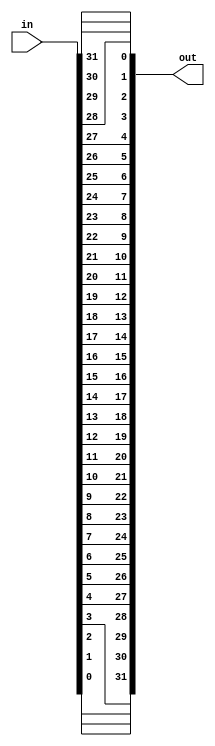
module oh_bitreverse #(parameter DW = 32 // width of data inputs
		       )
   (
    input [DW-1:0]  in, // data input
    output [DW-1:0] out // bit reversed output
    );
   
   
   reg [DW-1:0]    out;        
   integer 	   i;
   
   always @*
     for (i=0;i<DW;i=i+1)
       out[i]=in[DW-1-i];   
   
endmodule